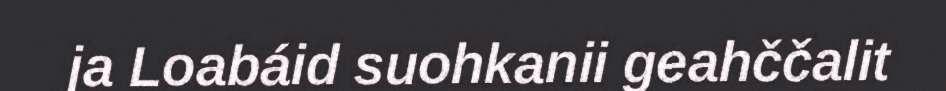
ja Loabáid suohkanii geahččalit